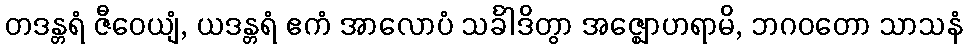
တဒန္တရံ ဇီဝေယျံ, ယဒန္တရံ ဧကံ အာလောပံ သင်္ခါဒိတွာ အဇ္ဈောဟရာမိ, ဘဂဝတော သာသနံ